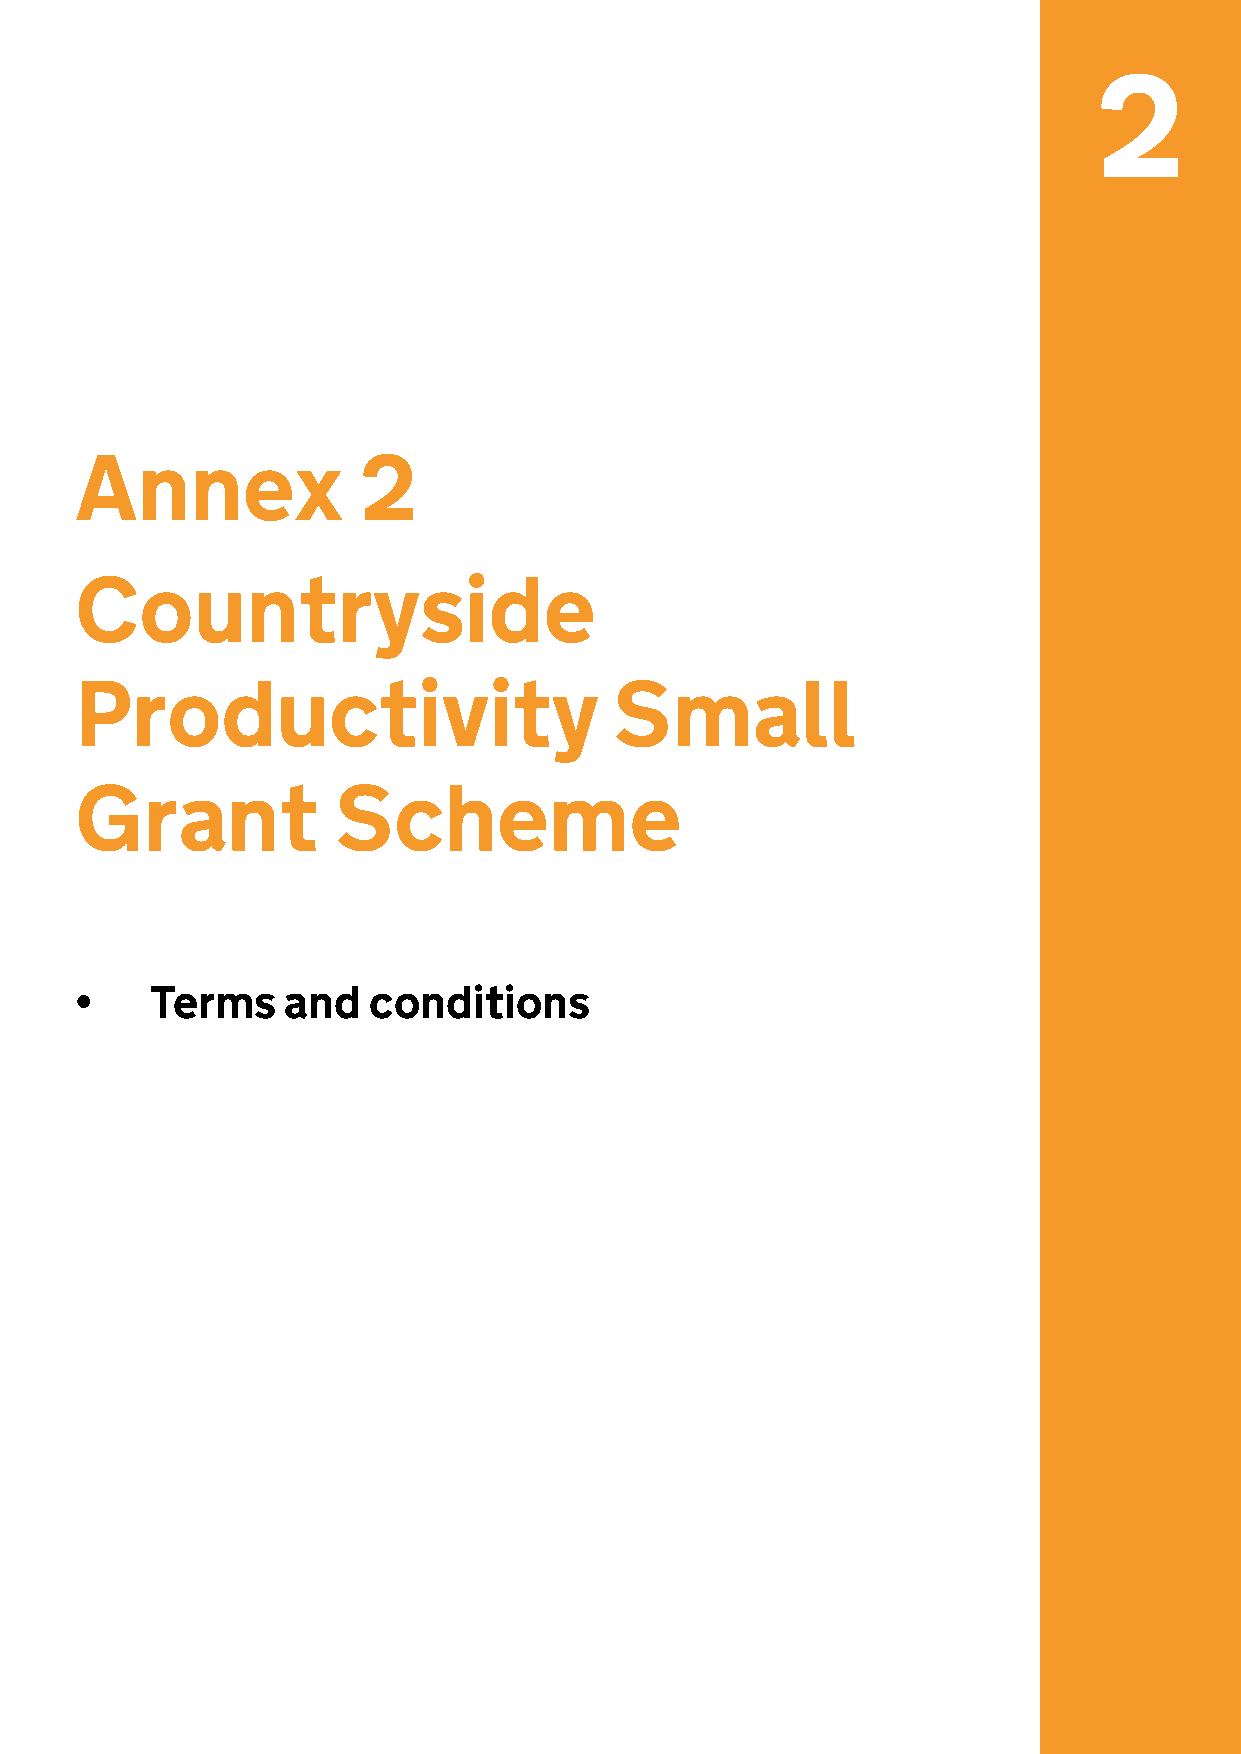
2
 Annex              2
 Countryside
 Productivity                        Small
 Grant            Scheme
 •    Terms    and  conditions